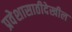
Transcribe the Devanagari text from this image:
प्रवेशासाठीदेखील